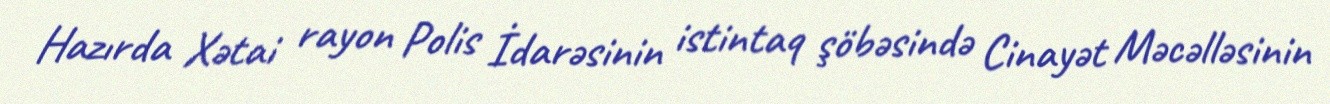
Hazırda Xətai rayon Polis İdarəsinin istintaq şöbəsində Cinayət Məcəlləsinin